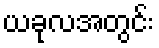
ယခုလအတွင်း